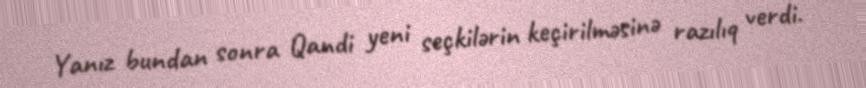
Yanız bundan sonra Qandi yeni seçkilərin keçirilməsinə razılıq verdi.